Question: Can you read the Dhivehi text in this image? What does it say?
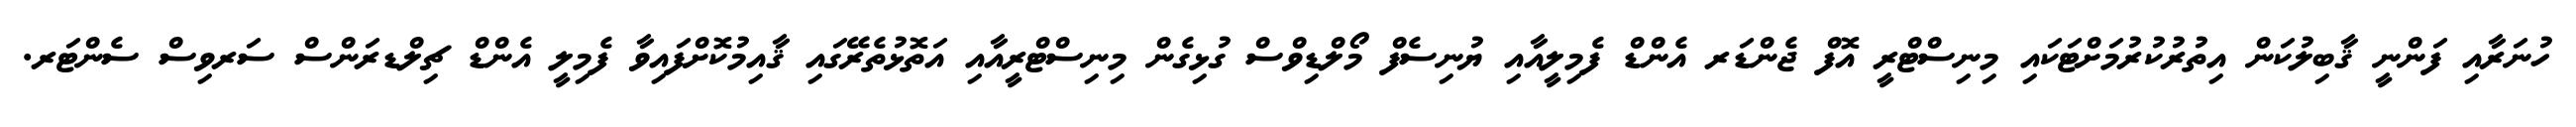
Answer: ހުނަރާއި ފަންނީ ޤާބިލުކަން އިތުރުކުރުމަށްޓަކައި މިނިސްޓްރީ އޮފް ޖެންޑަރ އެންޑް ފެމިލީއާއި ޔުނިސެފް މޯލްޑިވްސް ގުޅިގެން މިނިސްޓްރީއާއި އަތޮޅުތެރޭގައި ޤާއިމުކޮށްފައިވާ ފެމިލީ އެންޑް ޗިލްޑރަންސް ސަރވިސް ސެންޓަރ.